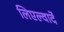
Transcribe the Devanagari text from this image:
लिएल्वार्दे